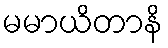
မမာယိတာနိ